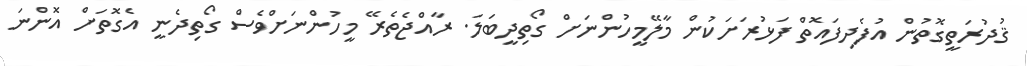
ޤުދުރަތީގޮތުން އުފެދިފައޮތް ފަޅުރަށަކުން މާލޭމީހުންނަށް ގޯތިދީބަލަ. ރާއްޖެތެރޭ މީހުންނަށްވެސް ގޯތިދެނީ އެގޮތަށް އޮންނަ